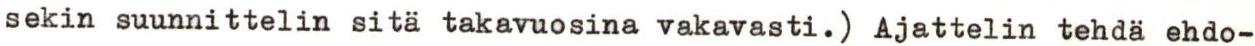
sekin suunnittelin sitä takavuosina vakavasti.) Ajattelin tehdä ehdo-